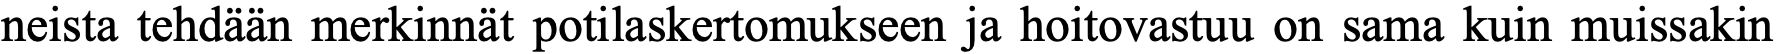
neista tehdään merkinnät potilaskertomukseen ja hoitovastuu on sama kuin muissakin